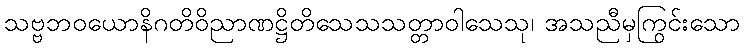
သဗ္ဗဘဝယောနိဂတိဝိညာဏဋ္ဌိတိသေသသတ္တာဝါသေသု၊ အသညီမှကြွင်းသော